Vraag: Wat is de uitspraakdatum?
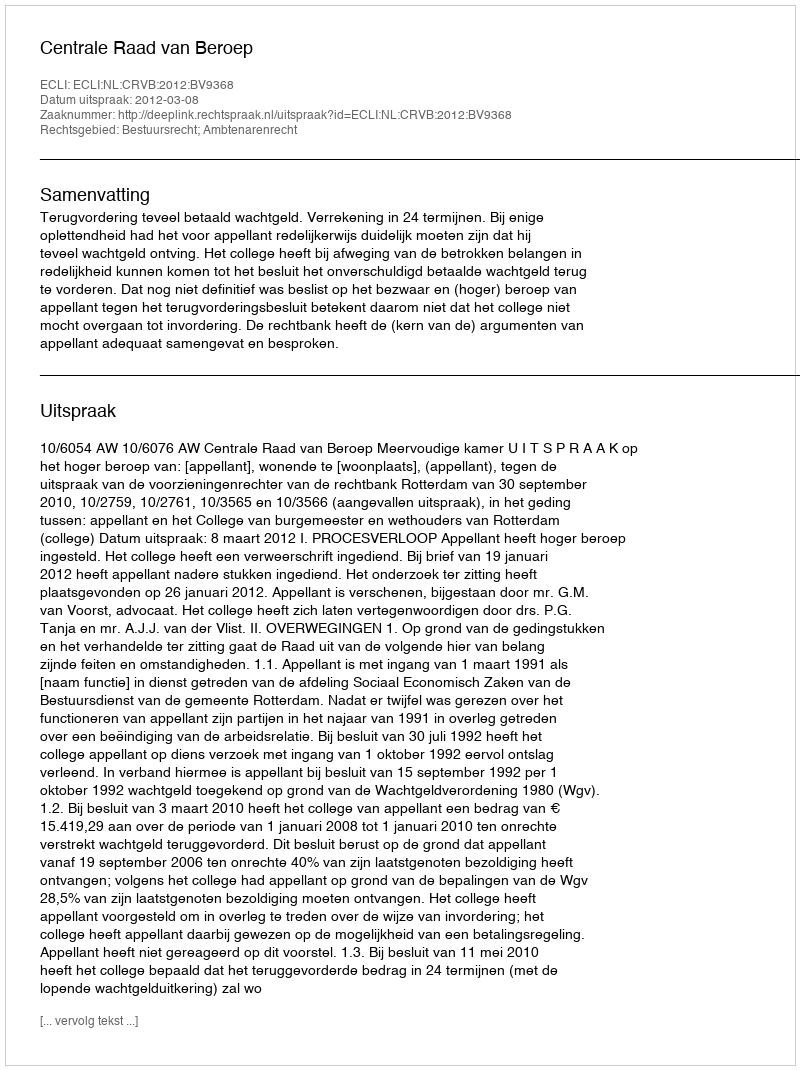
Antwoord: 2012-03-08